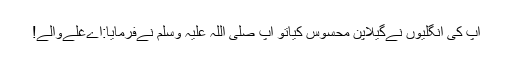
آپ کی اُنگلیوں نےگیلاپن محسوس کیاتو آپ صلی اللہ علیہ وسلم نےفرمایا:اےغلّےوالے!